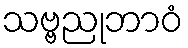
သဗ္ဗညုဘာဝံ